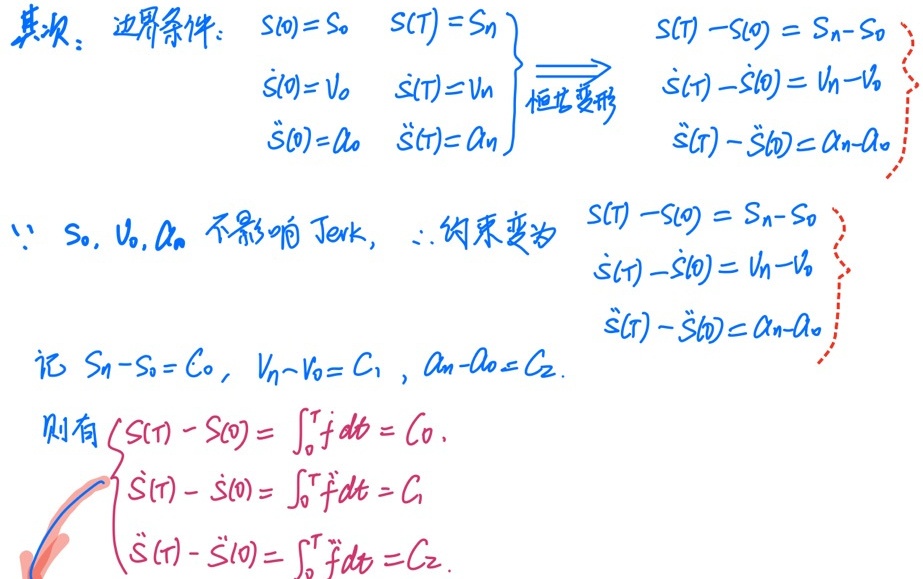
其次，边界条件：
\[
\left.\begin{array}{ll}
s(0)=s_0 & s(T)=s_n \\
\dot{s}(0)=v_0 & \dot{s}(T)=v_n \\
\ddot{s}(0)=a_0 & \ddot{s}(T)=a_n
\end{array}
\right\}
\overset{恒等变形}{\Longrightarrow}
\left\{\begin{array}{l}
s(T)-s(0)=s_n - s_0 \\
\dot{s}(T)-\dot{s}(0)=v_n - v_0 \\
\ddot{s}(T)-\ddot{s}(0)=a_n - a_0
\end{array}\right.
\]
因为\(s_0, v_0, a_0\)不影响Jerk，所以约束变为
\[
\left\{\begin{array}{l}
s(T)-s(0)=s_n - s_0 \\
\dot{s}(T)-\dot{s}(0)=v_n - v_0 \\
\ddot{s}(T)-\ddot{s}(0)=a_n - a_0
\end{array}\right.
\]
记 \(s_n - s_0 = C_0\)，\(v_n - v_0 = C_1\)，\(a_n - a_0 = C_2\)。则有
\[
\left\{\begin{array}{l}
s(T)-s(0)=\int_{0}^{T} \dot{s}dt = C_0. \\
\dot{s}(T)-\dot{s}(0)=\int_{0}^{T} \ddot{s}dt = C_1 \\
\ddot{s}(T)-\ddot{s}(0)=\int_{0}^{T} \dddot{s}dt = C_2.
\end{array}\right.
\]